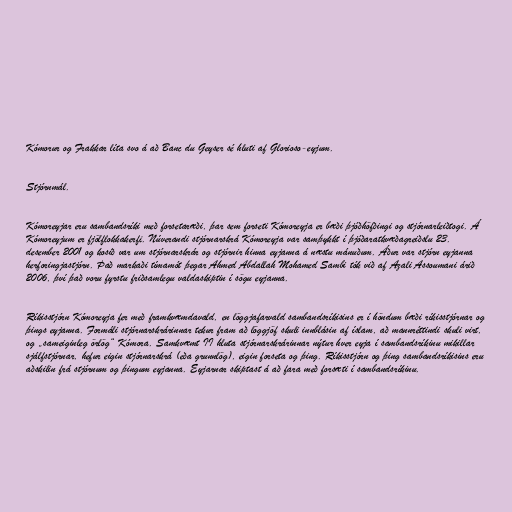
Kómorur og Frakkar líta svo á að Banc du Geyser sé hluti af Glorioso-eyjum.

Stjórnmál.

Kómoreyjar eru sambandsríki með forsetaræði, þar sem forseti Kómoreyja er bæði þjóðhöfðingi og stjórnarleiðtogi. Á
Kómoreyjum er fjölflokkakerfi. Núverandi stjórnarskrá Kómoreyja var samþykkt í þjóðaratkvæðagreiðslu 23.
desember 2001 og kosið var um stjórnarskrár og stjórnir hinna eyjanna á næstu mánuðum. Áður var stjórn eyjanna
herforingjastjórn. Það markaði tímamót þegar Ahmed Abdallah Mohamed Sambi tók við af Azali Assoumani árið
2006, því það voru fyrstu friðsamlegu valdaskiptin í sögu eyjanna.

Ríkisstjórn Kómoreyja fer með framkvæmdavald, en löggjafarvald sambandsríkisins er í höndum bæði ríkisstjórnar og
þings eyjanna. Formáli stjórnarskrárinnar tekur fram að löggjöf skuli innblásin af íslam, að mannréttindi skuli virt,
og „sameiginleg örlög“ Kómora. Samkvæmt II hluta stjórnarskrárinnar nýtur hver eyja í sambandsríkinu mikillar
sjálfstjórnar, hefur eigin stjórnarskrá (eða grunnlög), eigin forseta og þing. Ríkisstjórn og þing sambandsríkisins eru
aðskilin frá stjórnum og þingum eyjanna. Eyjarnar skiptast á að fara með forsæti í sambandsríkinu.